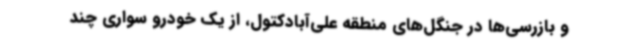
و بازرسی‌ها در جنگل‌های منطقه علی‌آبادکتول، از یک خودرو سواری چند